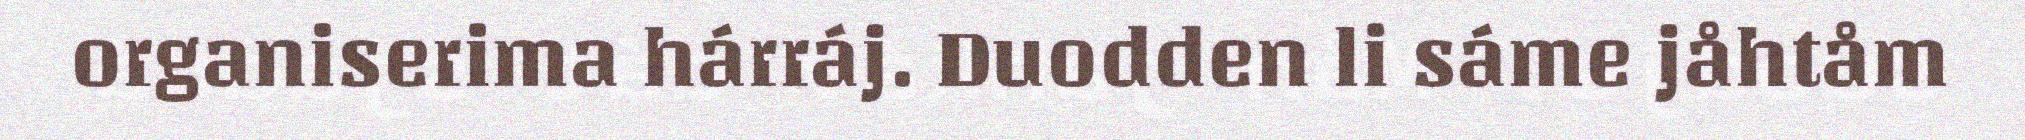
organiserima hárráj. Duodden li sáme jåhtåm